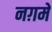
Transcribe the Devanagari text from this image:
नग़में